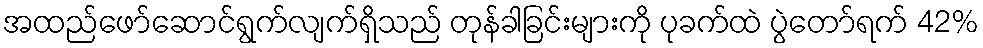
အထည်ဖော်ဆောင်ရွက်လျက်ရှိသည် တုန်ခါခြင်းများကို ပုခက်ထဲ ပွဲတော်ရက် 42%